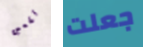
تقعين جعلت